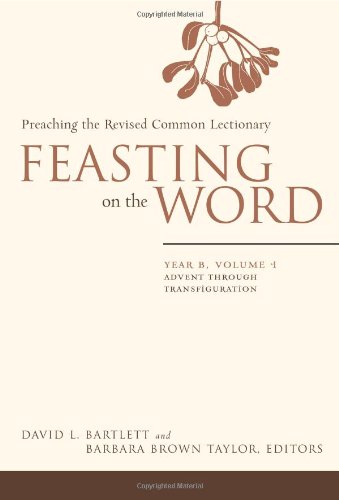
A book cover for Feasting on the Word: Preaching the Revised Common Lectionary, Year B, Vol. 1; Christian Books & Bibles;